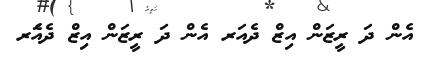
އެން ދަ ރީޒަން އިޒް ދެއަރ އެން ދަ ރީޒަން އިޒް ދެއަެރ